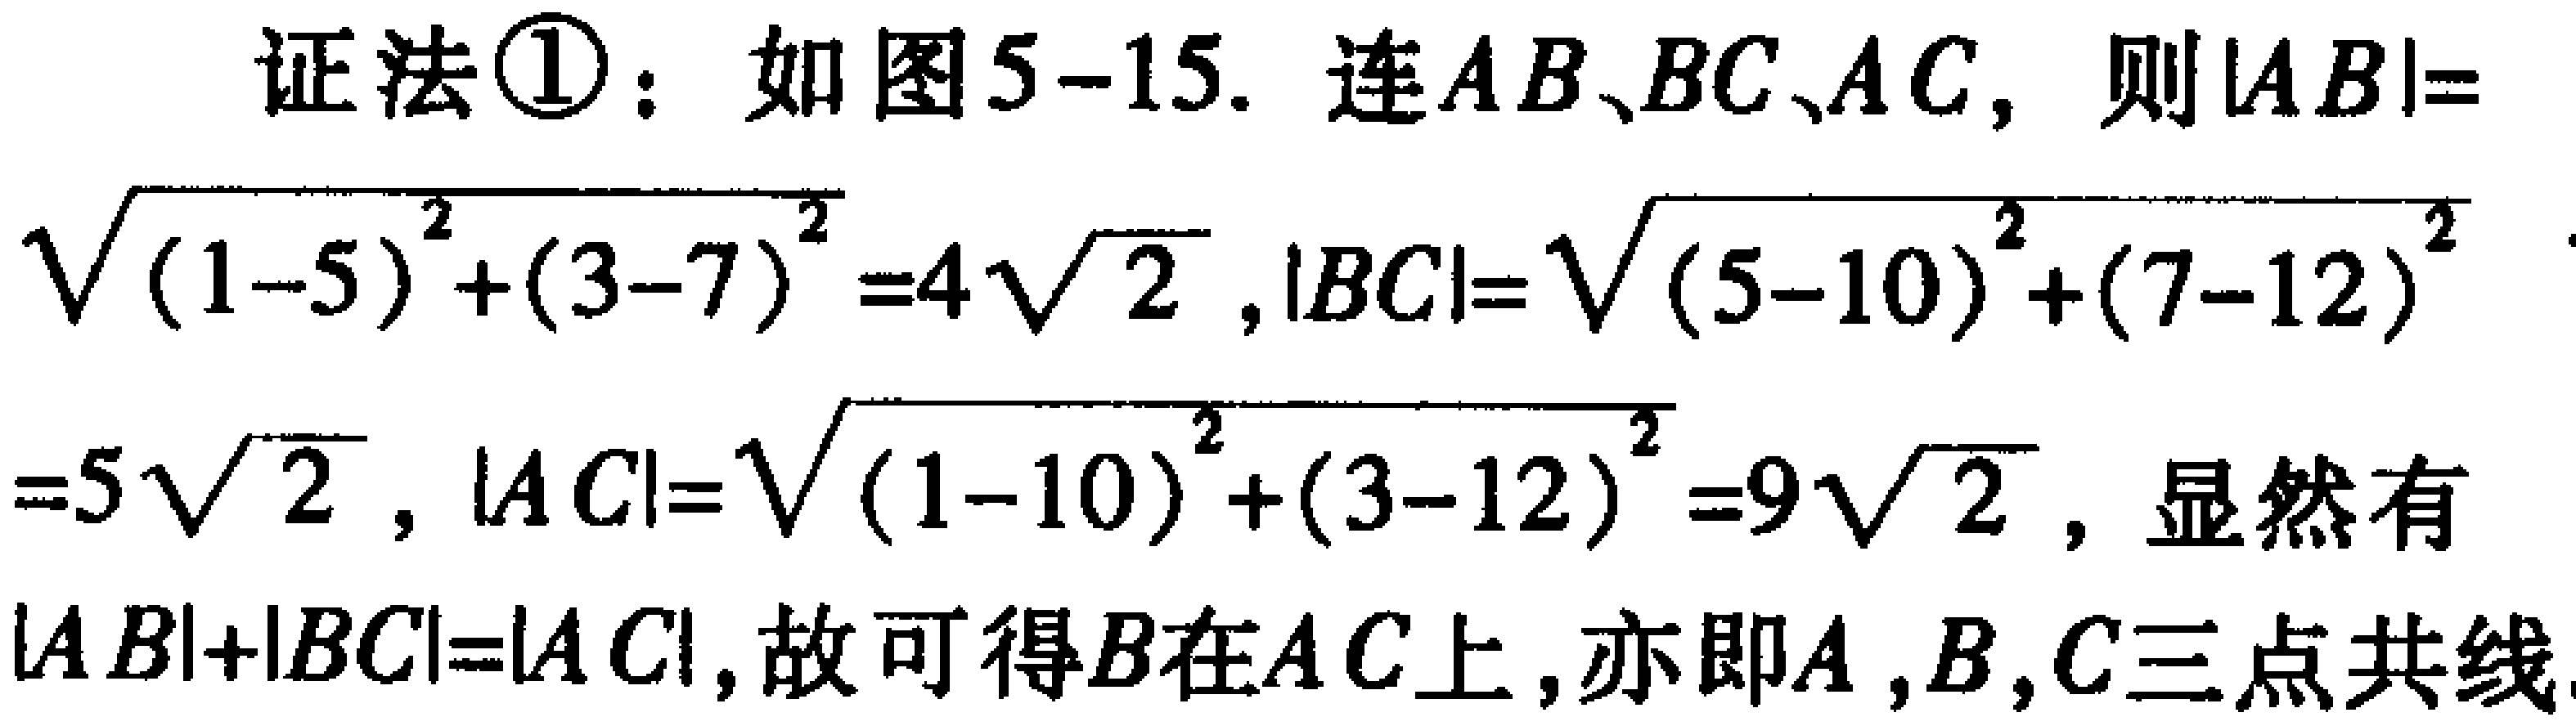
证法\textcircled{1}：如图5 - 15. 连$AB、BC、AC$，则$|AB| = \sqrt{(1 - 5)^2+(3 - 7)^2}=4\sqrt{2}$，$|BC|=\sqrt{(5 - 10)^2+(7 - 12)^2}=5\sqrt{2}$，$|AC|=\sqrt{(1 - 10)^2+(3 - 12)^2}=9\sqrt{2}$，显然有$|AB|+|BC| = |AC|$，故可得$B$在$AC$上，亦即$A,B,C$三点共线.